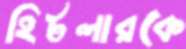
হিটলারকে